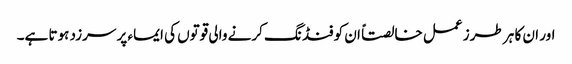
اور ان کا ہر طرز عمل خالصتاً ان کو فنڈ نگ کرنے والی قوتوں کی ایماء پر سرزد ہوتا ہے۔